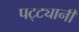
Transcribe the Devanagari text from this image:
पट्ट्यानी